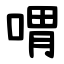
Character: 喟